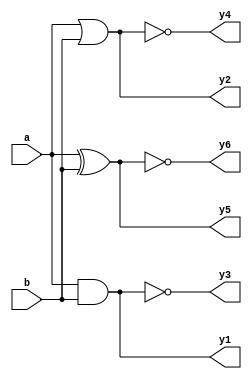
`timescale 1ns / 1ps
module LogicGates(
    input a,
    input b,
    output y1,y2,y3,y4,y5,y6
    );
    and g1(y1,a,b);
    or g2(y2,a,b);
    nand g3(y3,a,b);
    nor g4(y4,a,b);
    xor g5(y5,a,b);
    xnor g6(y6,a,b);
endmodule